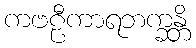
ကဗဠီကာရဘက္ခန္တိ